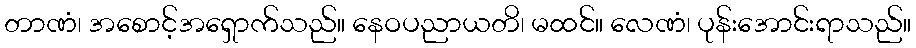
တာဏံ၊ အစောင့်အရှောက်သည်။ နေဝပညာယတိ၊ မထင်။ လေဏံ၊ ပုန်းအောင်းရာသည်။